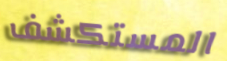
المستكشف